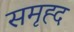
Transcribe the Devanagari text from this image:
समृह्द